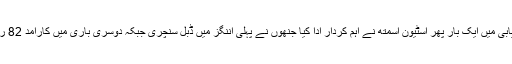
آسٹریلیا کی کامیابی میں ایک بار پھر اسٹیون اسمتھ نے اہم کردار ادا کیا جنھوں نے پہلی اننگز میں ڈبل سنچری جبکہ دوسری باری میں کارآمد 82 رنز اسکور کیے۔